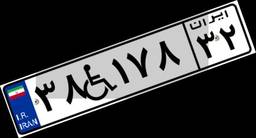
۳۸W۱۷۸۳۲